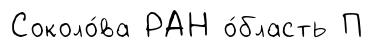
Соколо́ва РАН о́бласть П